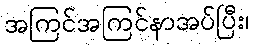
အကြင်အကြင်နာအပ်ပြီး၊